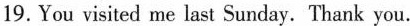
19. You visited me last Sunday. Thank you.